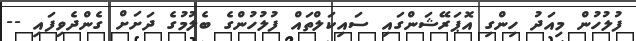
ފުލުހުން މިއަދު ހިންގި އޮޕަރޭޝަންގައި ސައިކަލްތައް ފުލުހުންގެ ބެލުމުގެ ދަށަށް ގެންދެވިފައި --